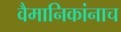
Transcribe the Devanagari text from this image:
वैमानिकांनाच